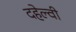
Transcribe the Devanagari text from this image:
दहेल्‍वी